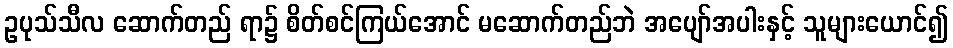
ဥပုသ်သီလ ဆောက်တည် ရာ၌ စိတ်စင်ကြယ်အောင် မဆောက်တည်ဘဲ အပျော်အပါးနှင့် သူများယောင်၍